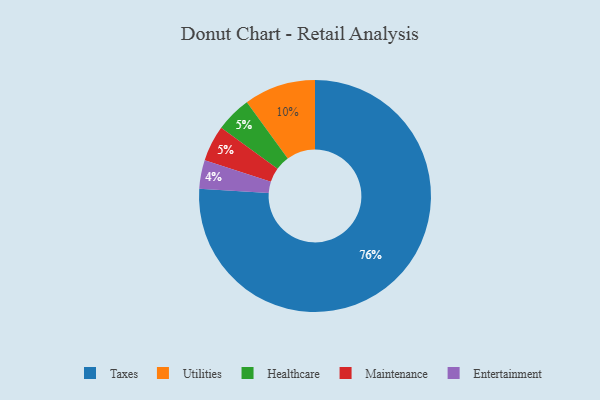
{"axis": {"x": "Category", "y": "Percentage"}, "legend": ["Entertainment", "Healthcare", "Maintenance", "Taxes", "Utilities"], "data": [{"x": "Healthcare", "y": 5, "type": "Healthcare"}, {"x": "Entertainment", "y": 4, "type": "Entertainment"}, {"x": "Utilities", "y": 10, "type": "Utilities"}, {"x": "Taxes", "y": 76, "type": "Taxes"}, {"x": "Maintenance", "y": 5, "type": "Maintenance"}]}